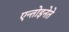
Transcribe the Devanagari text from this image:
एन्तोइनेते